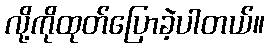
လို့ကိုထုတ်ပြောခဲ့ပါတယ်။